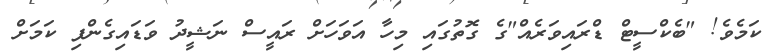
ކަމެވެ! "ބެކްސީޓް ޑްރައިވަރެއް"ގެ ގޮތުގައި މިހާ އަވަހަށް ރައީސް ނަޝީދު ވަޑައިގެންފި ކަމަށް